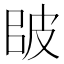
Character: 𰤠